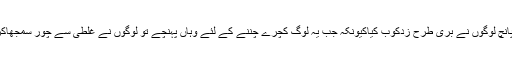
متوفی کی بیوی جیابین وانیا کو بھی پانچ لوگوں نے بری طرح زدکوب کیاکیونکہ جب یہ لوگ کچرے چننے کے لئے وہاں پہنچے تو لوگوں نے غلطی سے چور سمجھاکر ان کے ساتھ مارپیٹ شروع کردی۔